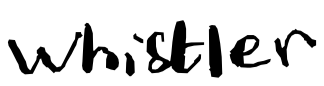
Text: whistler
Cross-out: clean
Writing tool: digital_black